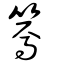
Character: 篶